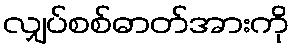
လျှပ်စစ်ဓာတ်အားကို